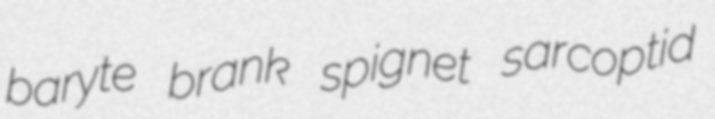
baryte brank spignet sarcoptid